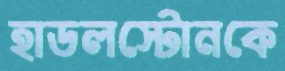
হাডলস্টোনকে